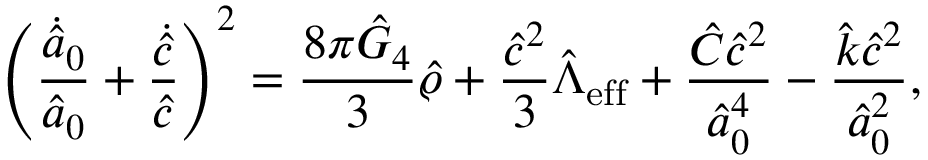
\left( { \frac { \dot { \hat { a } _ { 0 } } } { \hat { a } _ { 0 } } } + { \frac { \dot { \hat { c } } } { \hat { c } } } \right) ^ { 2 } = { \frac { 8 \pi \hat { G } _ { 4 } } { 3 } } \hat { \varrho } + { \frac { \hat { c } ^ { 2 } } { 3 } } \hat { \Lambda } _ { \mathrm { e f f } } + { \frac { \hat { \cal C } \hat { c } ^ { 2 } } { \hat { a } _ { 0 } ^ { 4 } } } - { \frac { \hat { k } \hat { c } ^ { 2 } } { \hat { a } _ { 0 } ^ { 2 } } } ,